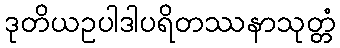
ဒုတိယဥပါဒါပရိတဿနာသုတ္တံ